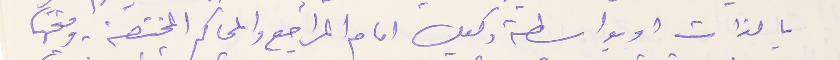
بالذات او بواسطة وكيل امام المراجع والمحاكم المختصة، ومنحهما